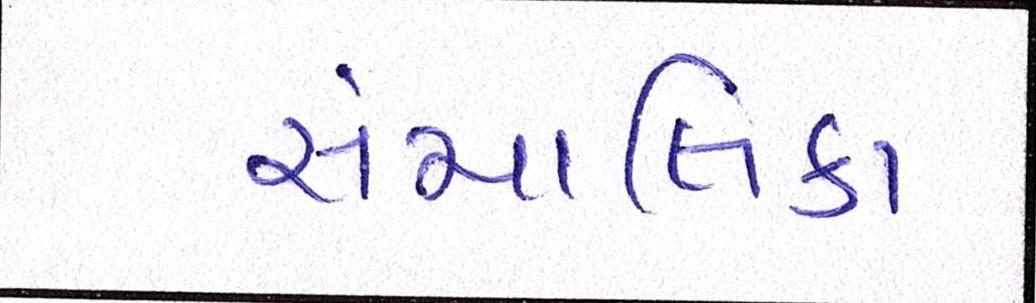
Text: સંચાલિકા